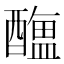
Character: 𨣎